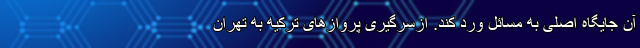
آن جایگاه اصلی به مسائل ورد کند. ازسرگیری پرواز‌های ترکیه به تهران